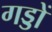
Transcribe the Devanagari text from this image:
गड्डों